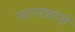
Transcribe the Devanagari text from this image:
नटनट्यांनी